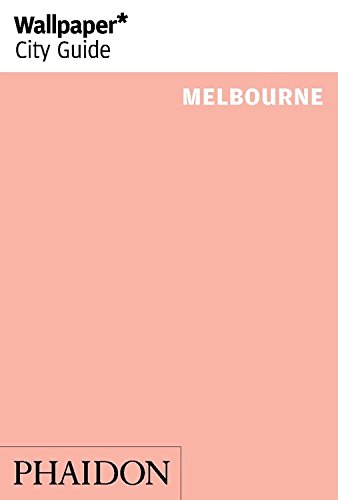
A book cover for Wallpaper* City Guide Melbourne 2014; Travel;